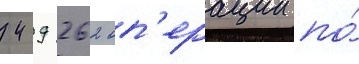
429 262 оп'ерации по́